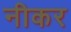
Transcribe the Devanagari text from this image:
नीकर